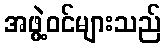
အဖွဲ့ဝင်များသည်